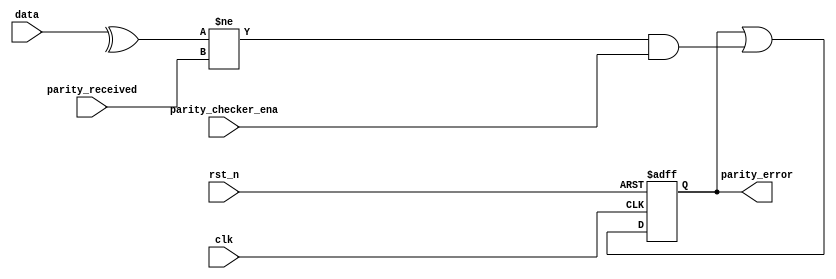
// SPDX-License-Identifier: Apache-2.0
// Copyright (C) 2019 Intel Corporation. All rights reserved
module c3aibadapt_cmn_parity_checker
    #(
	parameter WIDTH = 'd0   
    )   
    (
        output  reg			parity_error,
	input	wire			clk,
	input	wire			rst_n,
        input   wire [WIDTH-1:0]    	data,
	input	wire			parity_checker_ena,
	input	wire			parity_received
    );

	wire	parity_calculated;

	assign parity_calculated = ^data[WIDTH-1:0];

        always @(negedge rst_n or posedge clk)
        begin
                if (~rst_n)
                begin
			parity_error <= 1'b0;
                end
                else
                begin
                	parity_error <= parity_error || ( (parity_calculated != parity_received) && parity_checker_ena) ;
                end
        end

endmodule // c3aibadapt_cmn_parity_checker